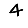
Digit: 4